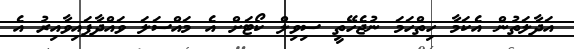
އަދާލަތުން އެކަމާ ހިތްހަމަ ނުޖެހޭތީ ސިވިލް ކޯޓަށް އެ މައްސަލަ ވައްދާފައިވާއިރު އެ